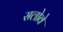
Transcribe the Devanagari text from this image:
सलोवे